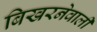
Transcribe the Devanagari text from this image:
बिखरनेवाली